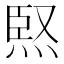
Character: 𭴸